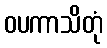
ဝပကာသိတုံ